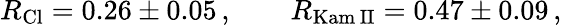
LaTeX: R_{\mathrm{Cl}}=0.26\pm 0.05\, ,\qquad R_{\mathrm{Kam\, II}}=0.47\pm 0.09\, ,